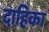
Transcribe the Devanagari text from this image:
दाहिका